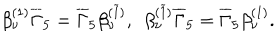
LaTeX: \beta _ { \nu } ^ { ( 1 ) } \overline { { { \Gamma } } } _ { 5 } = \overline { { { \Gamma } } } _ { 5 } \beta _ { \nu } ^ { ( \widetilde { 1 } ) } , ~ ~ \beta _ { \nu } ^ { ( \widetilde { 1 } ) } \overline { { { \Gamma } } } _ { 5 } = \overline { { { \Gamma } } } _ { 5 } \beta _ { \nu } ^ { ( 1 ) } .